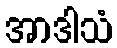
အာဒါသံ